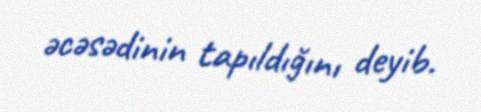
əcəsədinin tapıldığını deyib.